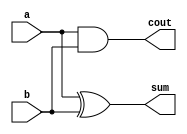
module ha_wallace(a,b,sum,cout);
input a,b;
output sum,cout;

assign sum=a^b;
assign cout=a&b;

endmodule